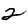
Digit: 2